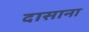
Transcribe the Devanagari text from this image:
दासाना